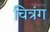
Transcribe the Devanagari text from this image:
चित्रंग